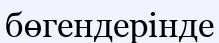
бөгендерінде